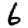
Digit: 6